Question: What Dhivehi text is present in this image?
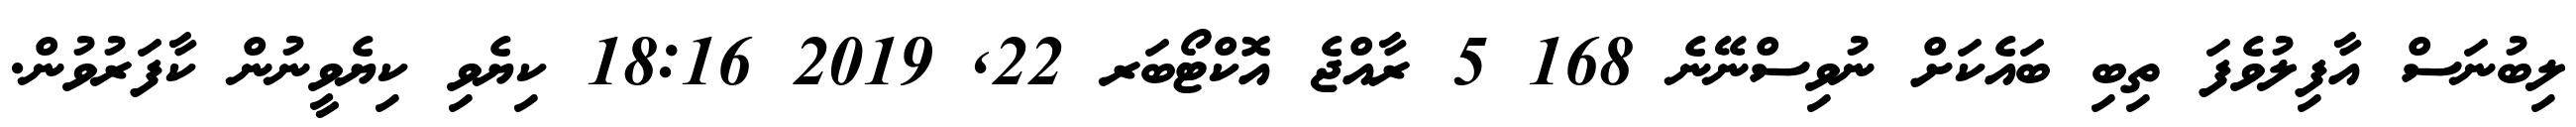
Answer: ލިބުނަސް އާފިލުވެފަ ތިބި ބައެކަށް ނުވިސްނޭނެ 168 5 ރާއްޖެ އޮކްޓޯބަރ 22, 2019 18:16 ކިޔެވި ކިޔެވީނުން ކާފަރުވުން.